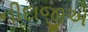
નીદાજીએ